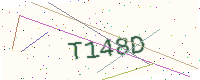
Text: T148D